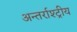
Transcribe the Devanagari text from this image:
अन्तर्राश्ट्रीय